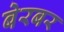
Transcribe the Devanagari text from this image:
बेरबर